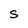
Character: S